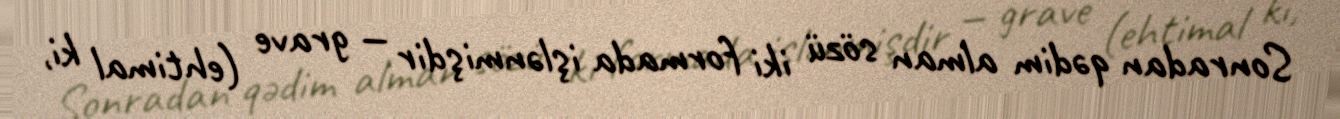
Sonradan qədim alman sözü iki formada işlənmişdir — grave (ehtimal ki,